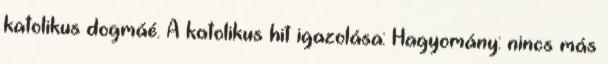
katolikus dogmáé. A katolikus hit igazolása: Hagyomány: nincs más